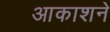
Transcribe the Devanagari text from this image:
आकाशने